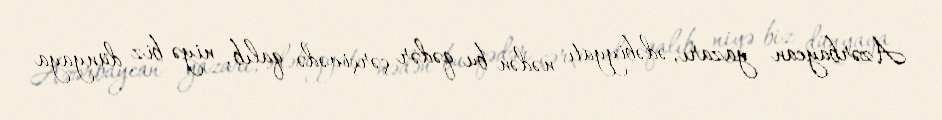
Azərbaycan yazarı, ədəbiyyatı nədən bu qədər çərçivədə qalıb, niyə biz dünyaya